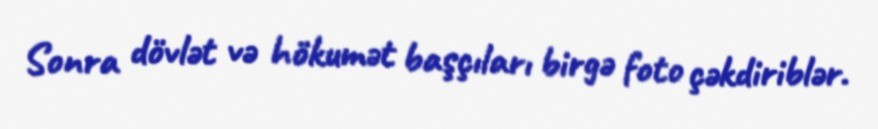
Sonra dövlət və hökumət başçıları birgə foto çəkdiriblər.